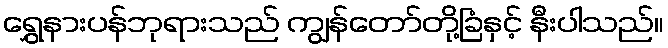
ရွှေနားပန်ဘုရားသည် ကျွန်တော်တို့ခြံနှင့် နီးပါသည်။